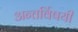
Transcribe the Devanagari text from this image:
अन्तर्विषयी